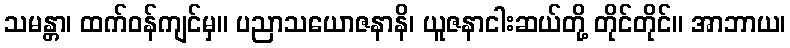
သမန္တာ၊ ထက်ဝန်ကျင်မှ။ ပညာသယောဇနာနိ၊ ယူဇနာငါးဆယ်တို့ တိုင်တိုင်။ အာဘာယ၊